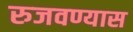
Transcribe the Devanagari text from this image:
रुजवण्यास